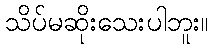
သိပ်မဆိုးသေးပါဘူး။